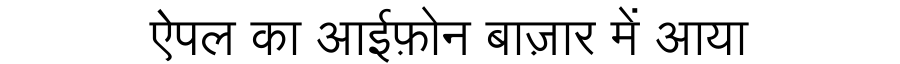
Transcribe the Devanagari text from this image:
ऐपल का आईफ़ोन बाज़ार में आया